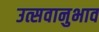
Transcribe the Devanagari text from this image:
उत्सवानुभाव